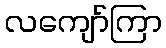
လကျော်ကြာ